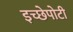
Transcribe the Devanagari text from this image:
इच्छेपोटी